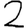
Digit: 2